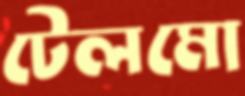
টেলমো